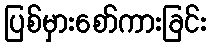
ပြစ်မှားစော်ကားခြင်း